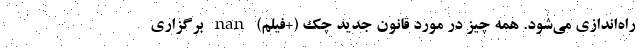
راه‌اندازی می‌شود. همه چیز در مورد قانون جدید چک (+فیلم) nan برگزاری